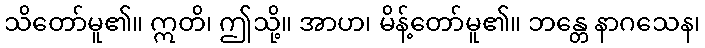
သိတော်မူ၏။ ဣတိ၊ ဤသို့။ အာဟ၊ မိန့်တော်မူ၏။ ဘန္တေ နာဂသေန၊